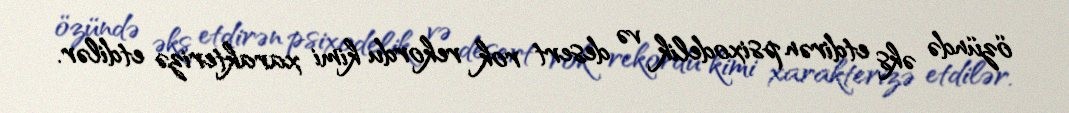
özündə əks etdirən psixodelik və desert rok rekordu kimi xarakterizə etdilər.